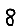
Digit: 8